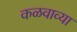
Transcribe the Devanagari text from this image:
कळवाव्या